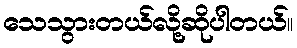
သေသွားတယ်လို့ဆိုပါတယ်။